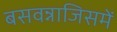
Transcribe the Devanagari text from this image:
बसवन्नाजिसमें